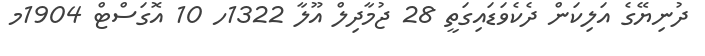
ދުނިޔޭގެ އަލިކަން ދެކެވަޑައިގަތީ 28 ޖުމާދިލް އޫލާ 1322ހ 10 އޮގަސްޓް 1904މ